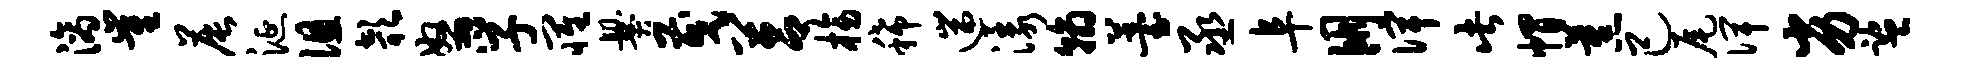
滴崔晨涎徂欹怒孚罹爨茂莒榜稀遄漾翰薹丞阜朋俾此帽蕉己尾俾劣监